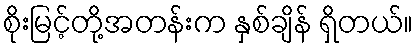
စိုးမြင့်တို့အတန်းက နှစ်ချိန် ရှိတယ်။